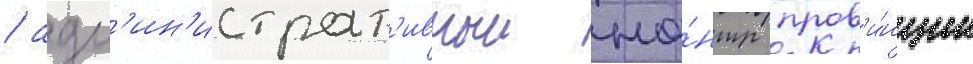
/ адм'ин'истрат'ивныи це́нтр пров'и́нции